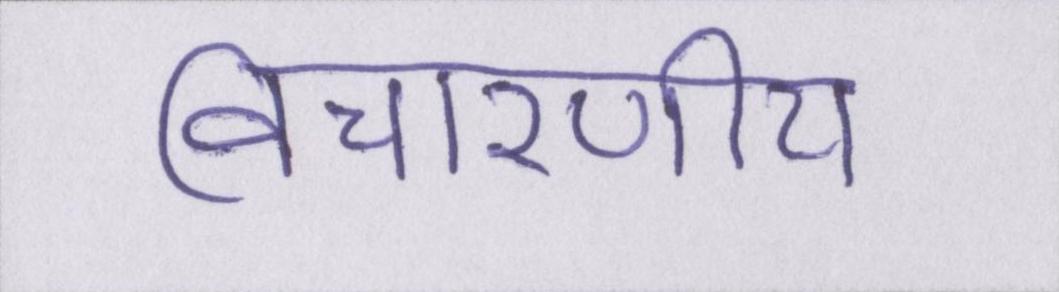
विचारणीय